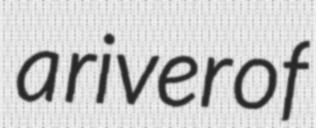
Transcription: a river of